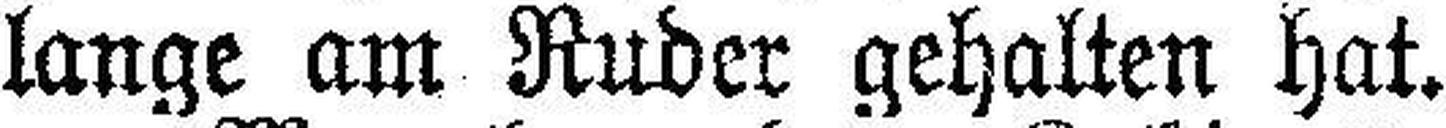
lange am Ruder gehalten hat.